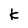
Character: K